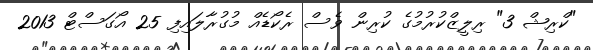
"ކްރިޝް 3" ރިލީޒްކުރުމުގެ ކުރިން ވެސް ރެކޯޑެއް މުގުރާލައިފި 25 އޯގަސްޓް 2013